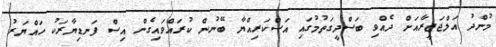
މުންދު އަލްޖަޒީރާއަށް ދެއްވި ބަސްދީގަތުމުގައި އަސްކަރިއްޔާ ބޭނުން ކުރައްވައިގެން އިސް ފަނޑިޔާރަކު ހައްޔަރު